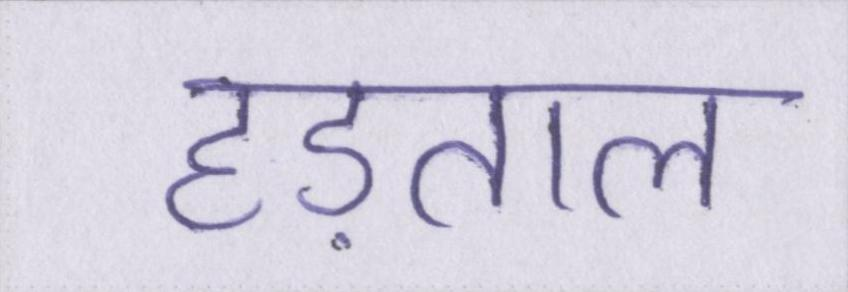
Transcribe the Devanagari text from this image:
हड़ताल